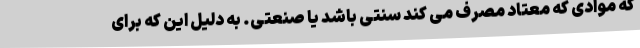
که موادی که معتاد مصرف می کند سنتی باشد یا صنعتی. به دلیل این که برای